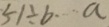
5 1 \div b a